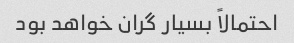
احتمالاً بسیار گران خواهد بود